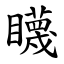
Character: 䁾